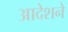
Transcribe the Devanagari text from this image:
आदेशने